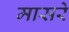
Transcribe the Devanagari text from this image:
मासरे